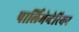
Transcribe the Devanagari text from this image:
पार्लिमेन्टेरियन